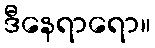
ဒီနေရာရော။